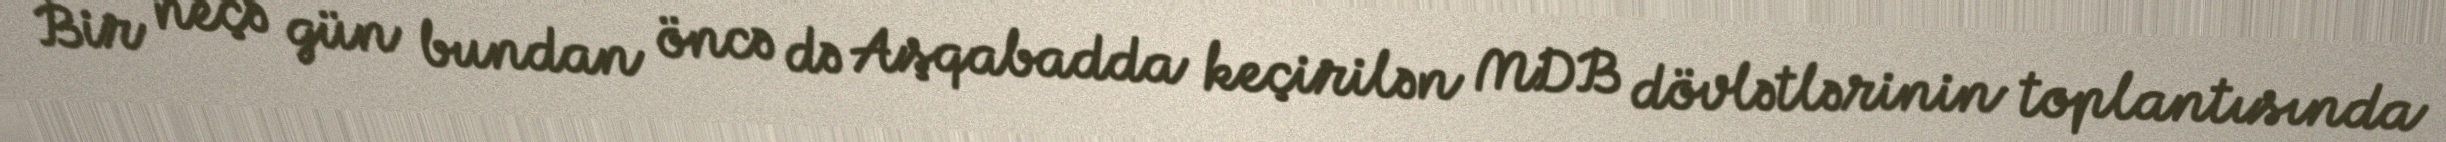
Bir neçə gün bundan öncə də Aşqabadda keçirilən MDB dövlətlərinin toplantısında